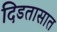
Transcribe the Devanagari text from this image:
दिडतासात